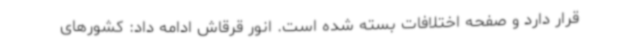
قرار دارد و صفحه اختلافات بسته شده است. انور قرقاش ادامه داد: کشورهای